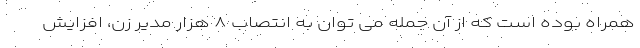
همراه بوده است که از آن جمله می توان به انتصاب ۸ هزار مدیر زن، افزایش